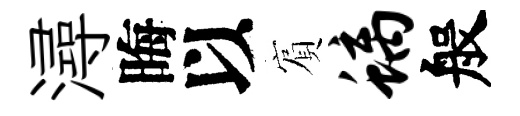
潯晦以賔螭般